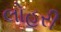
લોહરી